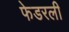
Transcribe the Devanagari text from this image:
फेडरली